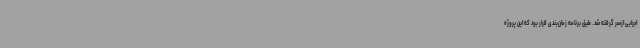
اجرایی ازسر گرفته شد. طبق برنامه زمان‌بندی قرار بود که این پروژه